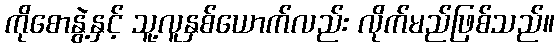
ကိုစောနွဲ့နှင့် သူ့လူနှစ်ယောက်လည်း လိုက်မည်ဖြစ်သည်။